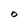
Character: O